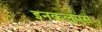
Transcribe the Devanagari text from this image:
इनक्रलुएंस